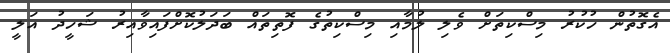
އެގޮތުން ހުކުރު މިސްކިތަށް ވެލި ލުމާއި މިސްކިތުގެ ފޮތިތައް ބަދަލުކޮށްފައިވާއިރު ޝަހީދު އަލީ